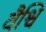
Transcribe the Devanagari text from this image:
वैश्वि